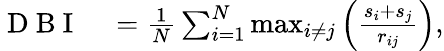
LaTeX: \begin{array}{rl}{\mathrm{~D~B~I~}}&{{}=\frac{1}{N}\sum_{i=1}^{N}\operatorname*{max}_{i\neq j}\left(\frac{s_{i}+s_{j}}{r_{ij}}\right),}\end{array}